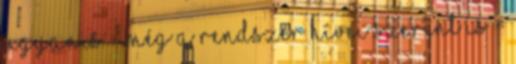
ugyanis - még a rendszer hívei szerint is -